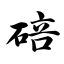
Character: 碚